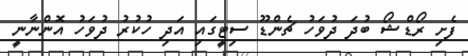
ފެށި ރޯޑްޝޯ ބުދަ ދުވަހު ޗެންޑޫ ސިޓީގައި އަދި ހުކުރު ދުވަހު އޮންނާނީ